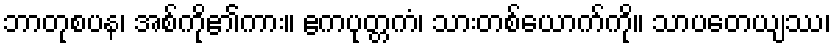
ဘာတုစပန၊ အစ်ကို၏ကား။ ဧကပုတ္တကံ၊ သားတစ်ယောက်ကို။ သာပတေယျဿ၊